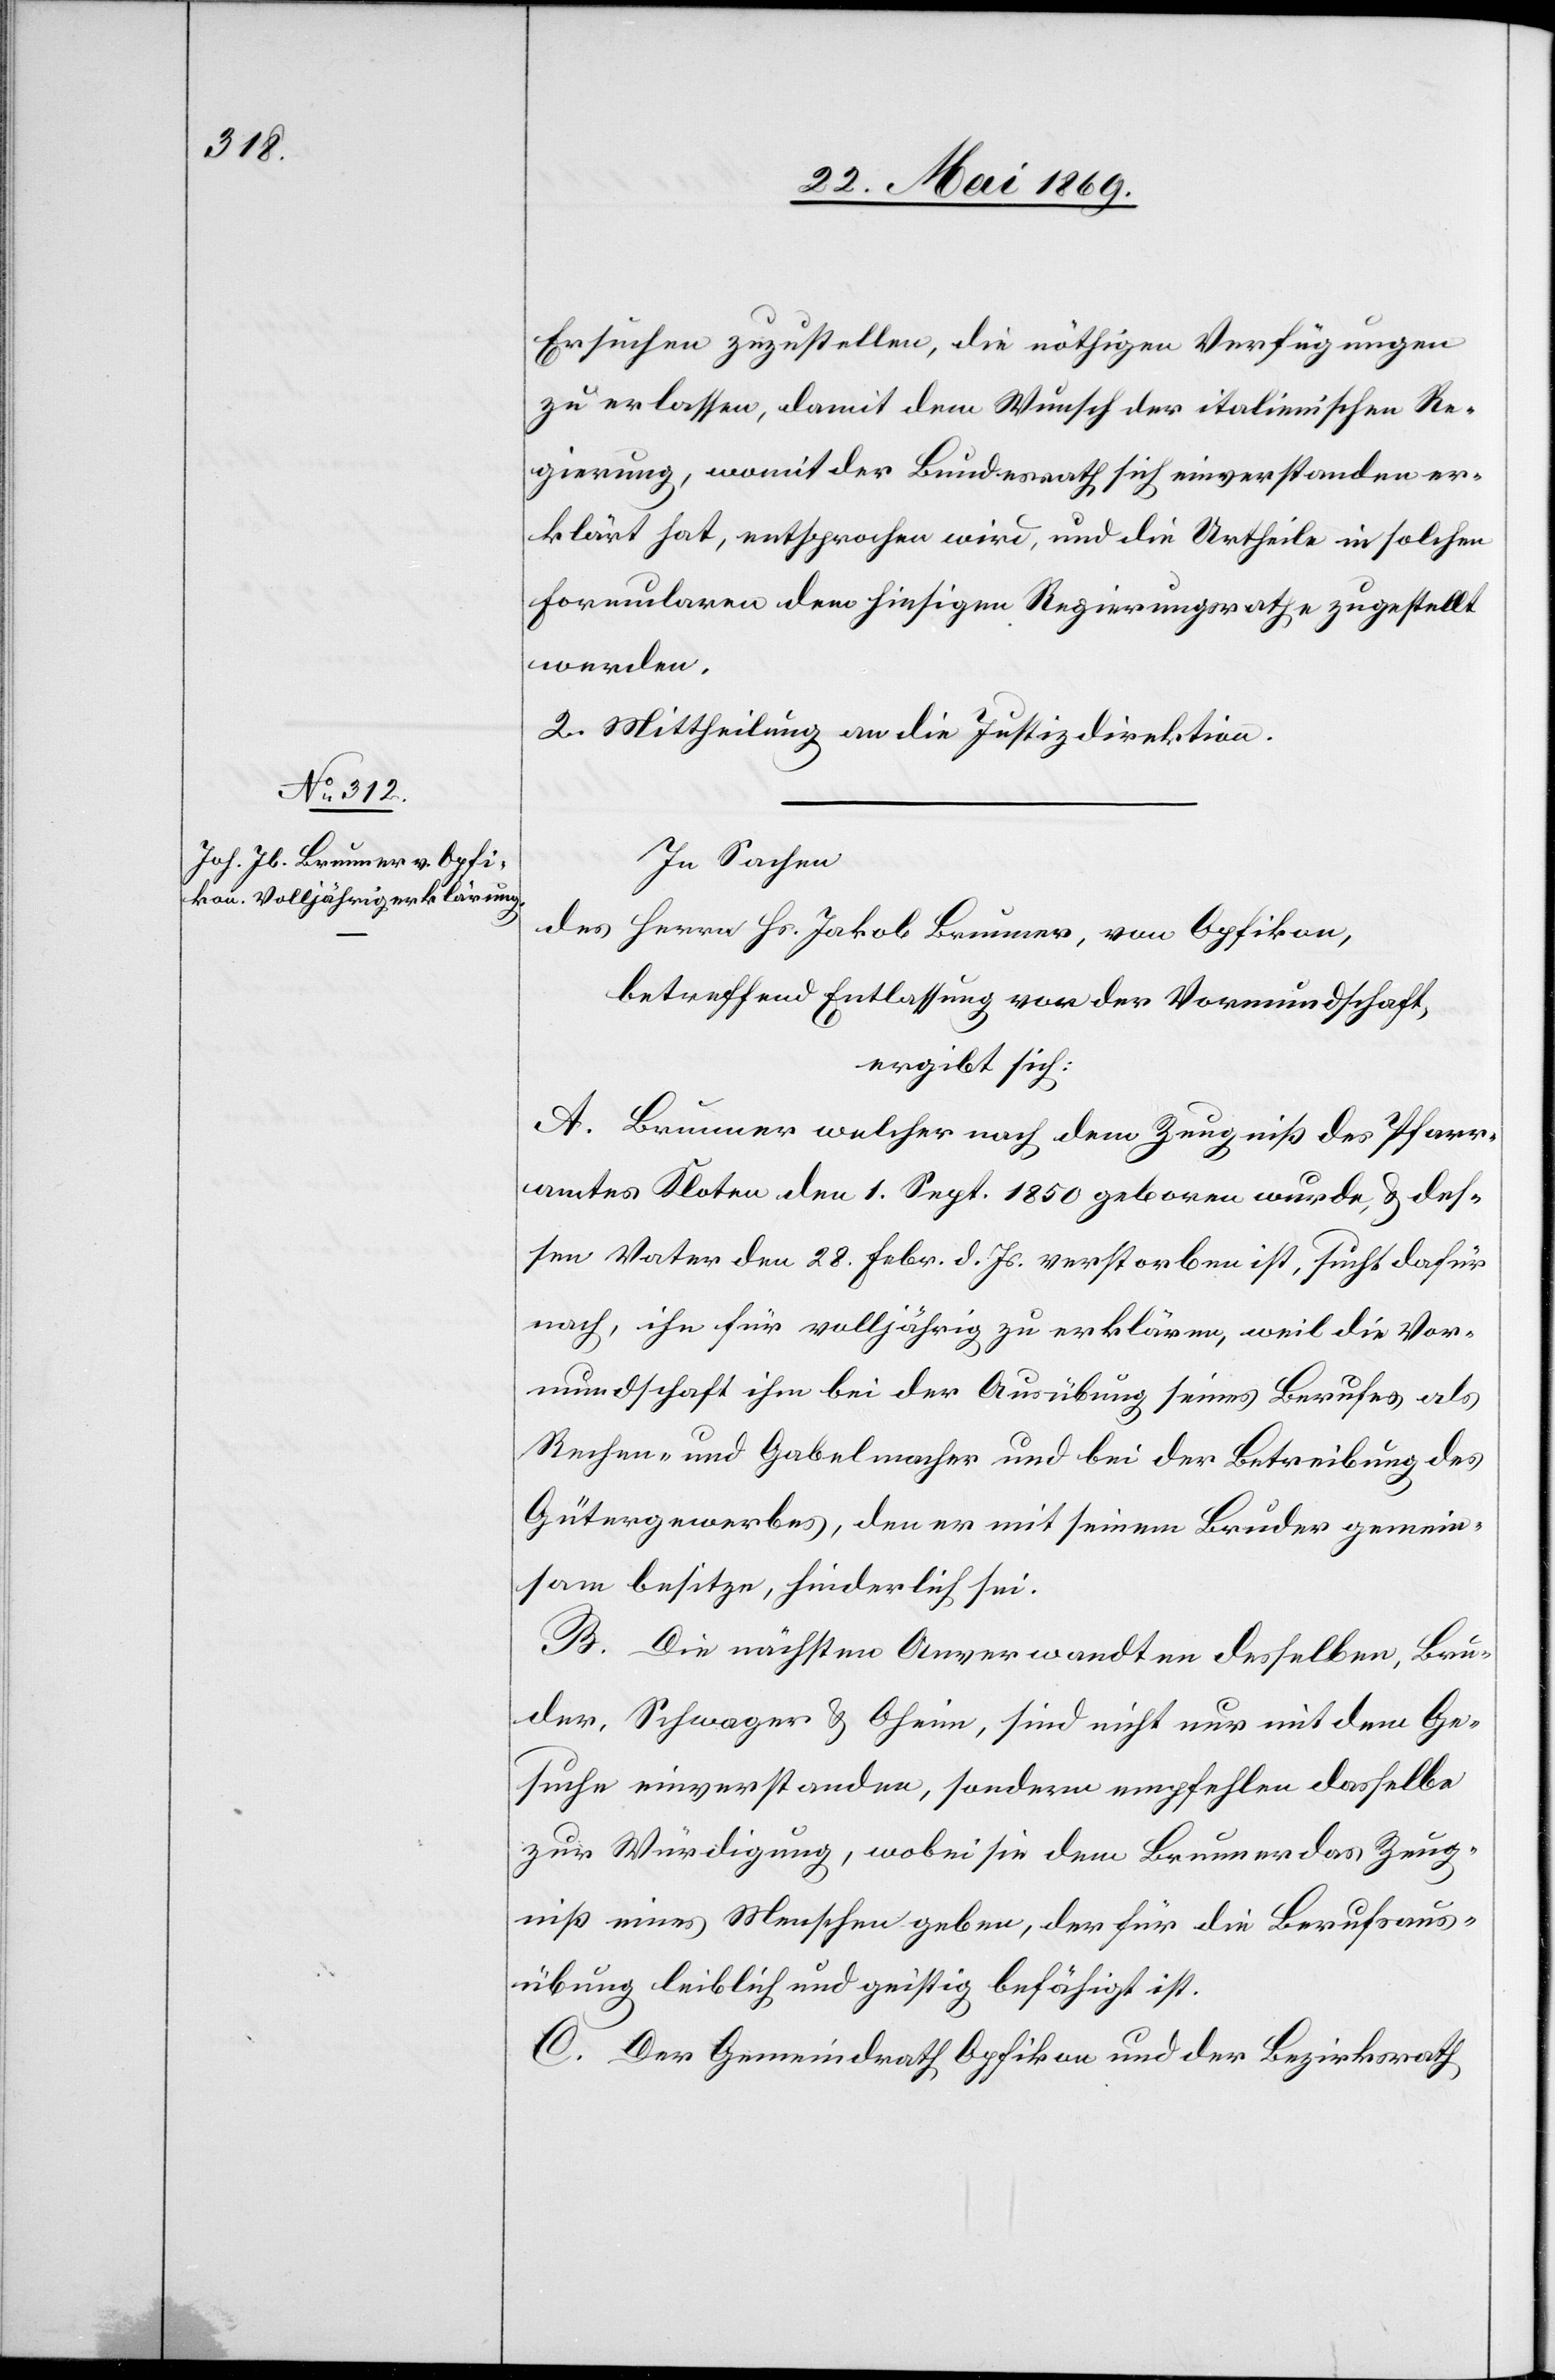
Ersuchen zuzustellen, die nöthigen Verfügungen
zu erlassen, damit dem Wunsch der italienischen Re¬
gierung, womit der Bundesrath sich einverstanden er¬
klärt hat, entsprochen wird, und die Urtheile in solchen
Formularen dem hiesigen Regierungsrathe zugestellt
werden.
2. Mittheilung an die Justizdirektion.
In Sachen
des Herrn Hs. Jakob Brunner, von Opfikon,
betreffend Entlassung von der Vormundschaft,
ergibt sich:
A. Brunner welcher nach dem Zeugniß des Pfarr¬
amtes Kloten den 1 Sept. 1850 geboren wurde, u. des¬
sen Vater den 28 Febr. d. Js. verstorben ist, sucht dafür
nach, ihn für volljährig zu erklären, weil die Vor¬
mundschaft ihm bei der Ausübung seines Berufes als
Rechen- u. Gabelmacher und bei der Betreibung des
Gütergewerbes, den er mit seinem Bruder gemein¬
sam besitze, hinderlich sei.
B. Die nächsten Anverwandten desselben, Bru¬
der, Schwager u. Oheim, sind nicht nur mit dem Ge¬
suche einverstanden, sondern empfehlen dasselbe
zur Würdigung, wobei sie dem Brunner das Zeug¬
niß eines Menschen geben, der für die Berufsaus¬
übung leiblich und geistig befähigt ist.
C. Der Gemeindrath Opfikon und der Bezirksrath